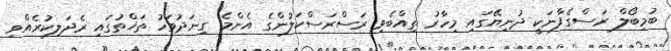
ބުމިބޯލް ރަސްގެފާނަކީ ދުނިޔޭގައި މިހާރު ތިއްބެވި ރަސްރަސްކަލުންގެ އެންމެ ގިނަދުވަހު ތަޚްތުގައި ރެދަލިކުރެއްވި